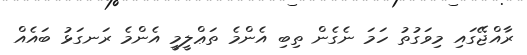
ރާއްޖޭގައި މިވަގުތު ހަމަ ނެގެން ތިބި އެންމެ ތަޢްލީމީ އެންމެ ރަނގަޅު ބައެއް